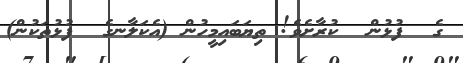
ގެ  ފުޅުން  ކުރާށެވެ! ތިޔަބައިމީހުން (އެކަލާނގެ  ފުޅުތަކުން)